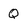
Character: Q